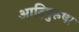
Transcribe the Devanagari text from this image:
आदिपुरुषा